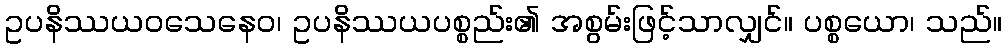
ဥပနိဿယဝသေနေဝ၊ ဥပနိဿယပစ္စည်း၏ အစွမ်းဖြင့်သာလျှင်။ ပစ္စယော၊ သည်။